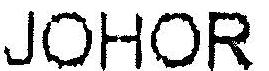
JOHOR